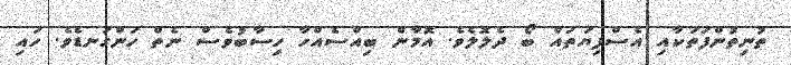
ތުނިތުންފަތަކާއި އެސްފިޔަތައް ބޯ ދެލޮލެވެ. އޮމާން ބިއްސެއްހާ ހިސާބުވެސް ނެތް ހަންގަނޑެވެ. ހައި